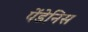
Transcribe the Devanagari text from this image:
पेंडेनिस